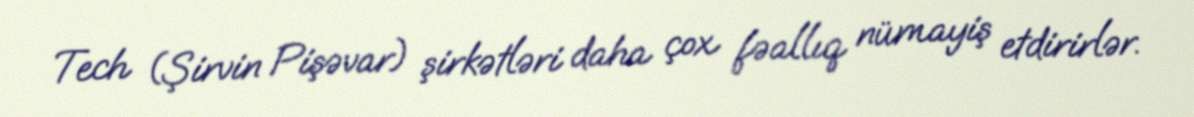
Tech (Şirvin Pişəvar) şirkətləri daha çox fəallıq nümayiş etdirirlər.